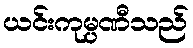
ယင်းကုမ္ပဏီသည်